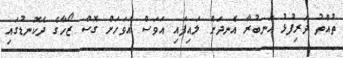
ތުއްތު ދަރިފުޅު އަނބުރާ އެނދަށް ލައިފައި އަވަސް އަވަހަށް ގޮސް ޒޯހާގެ ދެކޮނޑުގައި